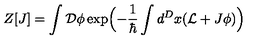
Z [ J ] = \int { \cal D } \phi \exp \Bigl ( - \frac { 1 } { \hbar } \int d ^ { D } x ( { \cal L } + J \phi ) \Bigr )